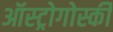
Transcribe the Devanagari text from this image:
ऑस्ट्रोगोर्स्की